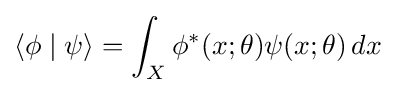
\langle \phi \mid \psi \rangle =\int _{X}\phi ^{*}(x;\theta )\psi (x;\theta )\,dx